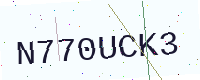
Text: N770UCK3